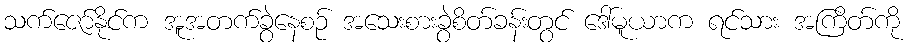
သက်ဇော်နိုင်က အူအတက်ခွဲနေစဉ် အသေးစားခွဲစိတ်ခန်းတွင် ဒေါ်မူယာက ရင်သား အကြိတ်ကို